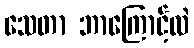
သေတာ ဘာကြောင့်လဲ